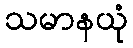
သမာနယုံ